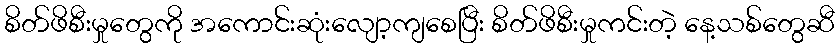
စိတ်ဖိစီးမှုတွေကို အကောင်းဆုံးလျော့ကျစေပြီး စိတ်ဖိစီးမှုကင်းတဲ့ နေ့သစ်တွေဆီ